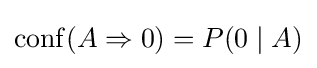
\operatorname {conf} (A\Rightarrow 0)=P(0\mid A)